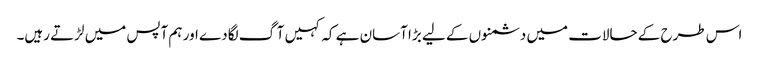
اس طرح کے حالات میں دشمنوں کے لیے بڑا آسان ہے کہ کہیں آگ لگادے اور ہم آپس میں لڑتے رہیں۔